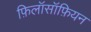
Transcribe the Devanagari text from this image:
फ़िलॉसॉफ़ियन